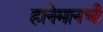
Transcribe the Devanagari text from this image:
हानेमानची